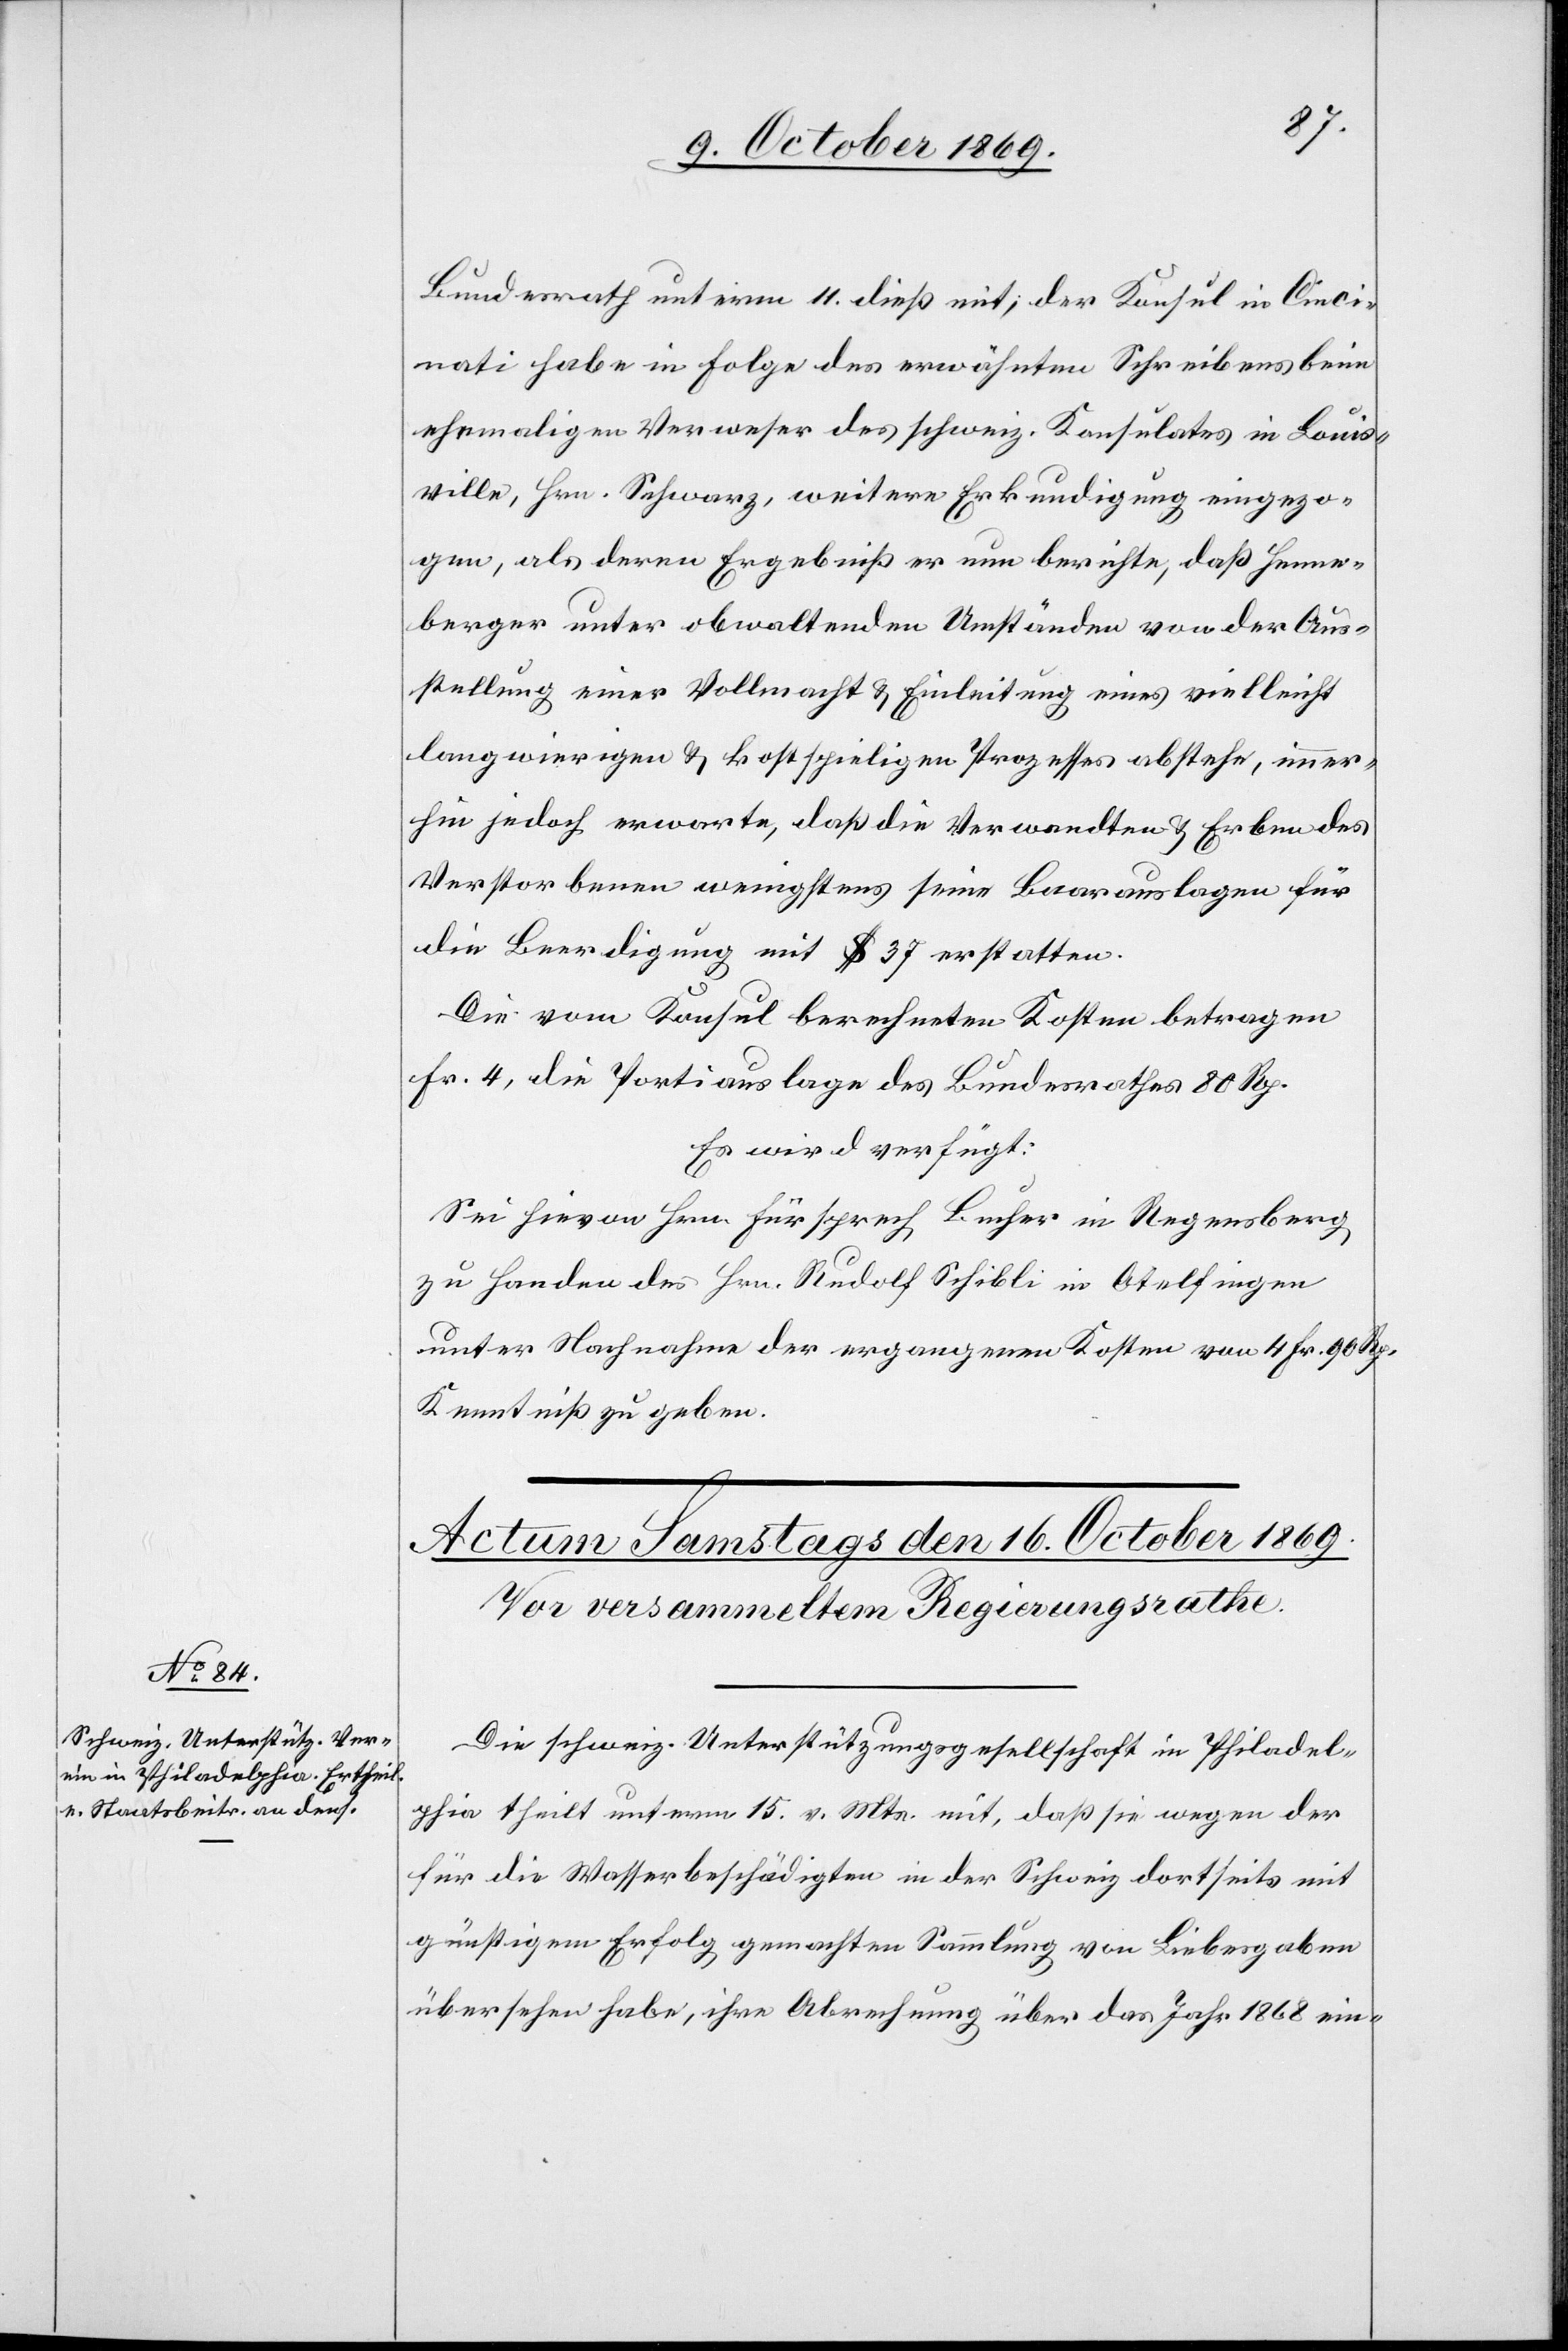
Bundesrath unterm 11. dieß mit; der Konsul in Cinci¬
nati habe in Folge des erwähnten Schreibens beim
ehemaligen Verweser des schweiz. Konsulates in Louis¬
ville, Hrn. Schwarz, weitere Erkundigung eingezo¬
gen, als deren Ergebniß er nun berichte, daß Henne¬
berger unter obwaltenden Umständen von der Aus¬
stellung einer Vollmacht & Einleitung eines vielleicht
langwierigen & kostspieligen Prozesses abstehe, immer¬
hin jedoch erwarte, daß die Verwandten & Erben des
Verstorbenen wenigstens seine Baarauslagen für
die Beerdigung mit $ 37 erstatten.
Die vom Konsul berechneten Kosten betragen
Fr. 4, die Portiauslage des Bundesrathes 80 Rp.
Es wird verfügt:
Sei hievon Hrn. Fürsprech Bucher in Regensberg
zu Handen des Hrn. Rudolf Schibli in Otelfingen
unter Nachnahme der ergangenen Kosten von 4 Fr. 90 Rp.
Kenntniß zu geben.
Die schweiz. Unterstützungsgesellschaft in Philadel¬
phia theilt unterm 15. v. Mts. mit, daß sie wegen der
für die Wasserbeschädigten in der Schweiz dortseits mit
günstigem Erfolg gemachten Sammlung von Liebesgaben
übersehen habe, ihre Abrechnung über das Jahr 1868 ein-